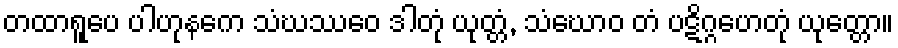
တထာရူပေ ပါဟုနကေ သံဃဿေဝ ဒါတုံ ယုတ္တံ, သံဃောဝ တံ ပဋိဂ္ဂဟေတုံ ယုတ္တော။